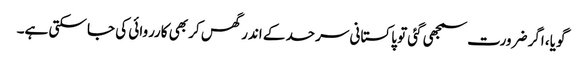
گویا، اگر ضرورت سمجھی گئی تو پاکستانی سرحد کے اندر گھس کر بھی کارروائی کی جا سکتی ہے۔